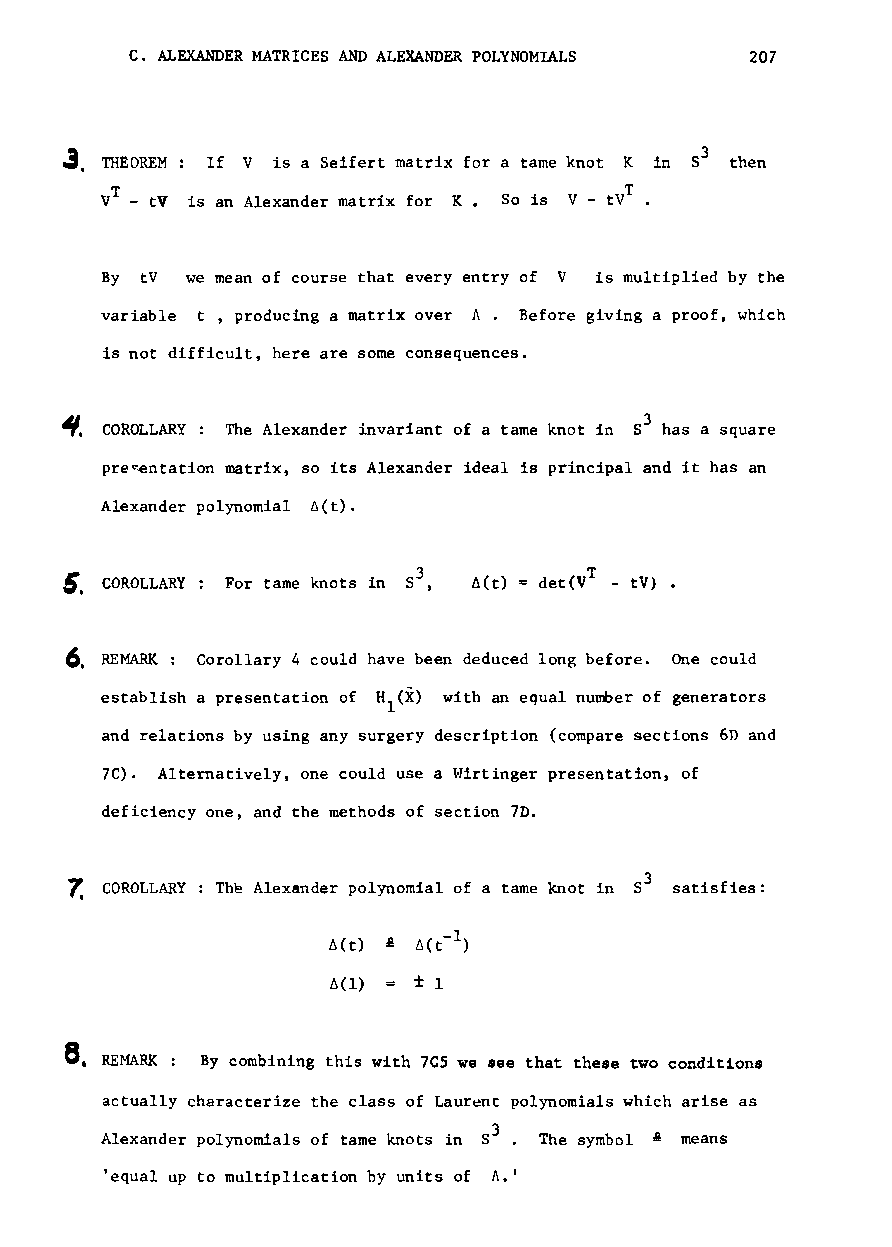
c. ALEXANDER MATRICES AND ALEXANDER POLYNOMIALS 207
 J.
 THEOREM If V is a Seifert matrix for a tame knot K in S3 then
 T                                 T
 v - tV is an Alexander matrix for K. So is V - tV .
 By tV we mean of course that every entry of V is multiplied by the
 variable t, producing a matrix over A. Before giving a proof, which
 is not difficult, here are some consequences.
 ~. COROLLARY : The Alexander invariant of a tame knot in 53 has a square
 pre~entationmatrix, so its Alexander ideal is principal and it has an
 Alexander polynomial 6(t).
 5.                                 T
 COROLLARY For tame knots in 53, det(V - tV) •
 6.
 REMARK: Corollary 4 could have been deduced long before. One could
 establish a presentation of Hl(X) with an equal number of generators
 and relations by using any surgery description (compare sections 6n and
 7C). Alternatively, one could use a Wirtinger presentation, of
 deficiency one, and the methods of section 7D.
 7.
 COROLLARY The Alexander polynomial of a tame knot in 53 satisfies:
 l
 6(t) A 6(t- )
 6(1) ± 1
 8.
 REMARK : By combining this with 7C5 we see that these two conditions
 actually characterize the class of Laur~nt polynomials which arise as
 Alexander polynomials of tame knots in 53 The symbol & means
 'equal up to multiplication by units of A.'